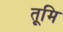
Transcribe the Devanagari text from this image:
तूमि